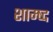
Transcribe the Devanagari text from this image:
शाम्ष्द